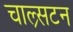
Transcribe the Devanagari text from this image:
चाल्र्सटन